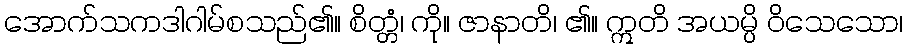
အောက်သကဒါဂါမ်စသည်၏။ စိတ္တံ၊ ကို။ ဇာနာတိ၊ ၏။ ဣတိ အယမ္ပိ ဝိသေသော၊